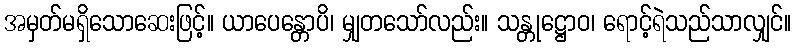
အမှတ်မရှိသောဆေးဖြင့်။ ယာပေန္တောပိ၊ မျှတသော်လည်း။ သန္တုဋ္ဌောဝ၊ ရောင့်ရဲသည်သာလျှင်။